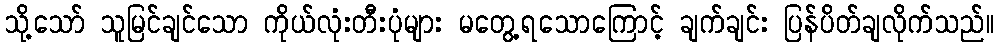
သို့သော် သူမြင်ချင်သော ကိုယ်လုံးတီးပုံများ မတွေ့ရသောကြောင့် ချက်ချင်း ပြန်ပိတ်ချလိုက်သည်။